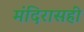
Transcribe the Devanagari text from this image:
मंदिरासही